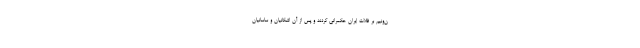
ن‌ونیم بر فلات ایران حکمرانی کردند و پس از آن اشکانیان و ساسانیان